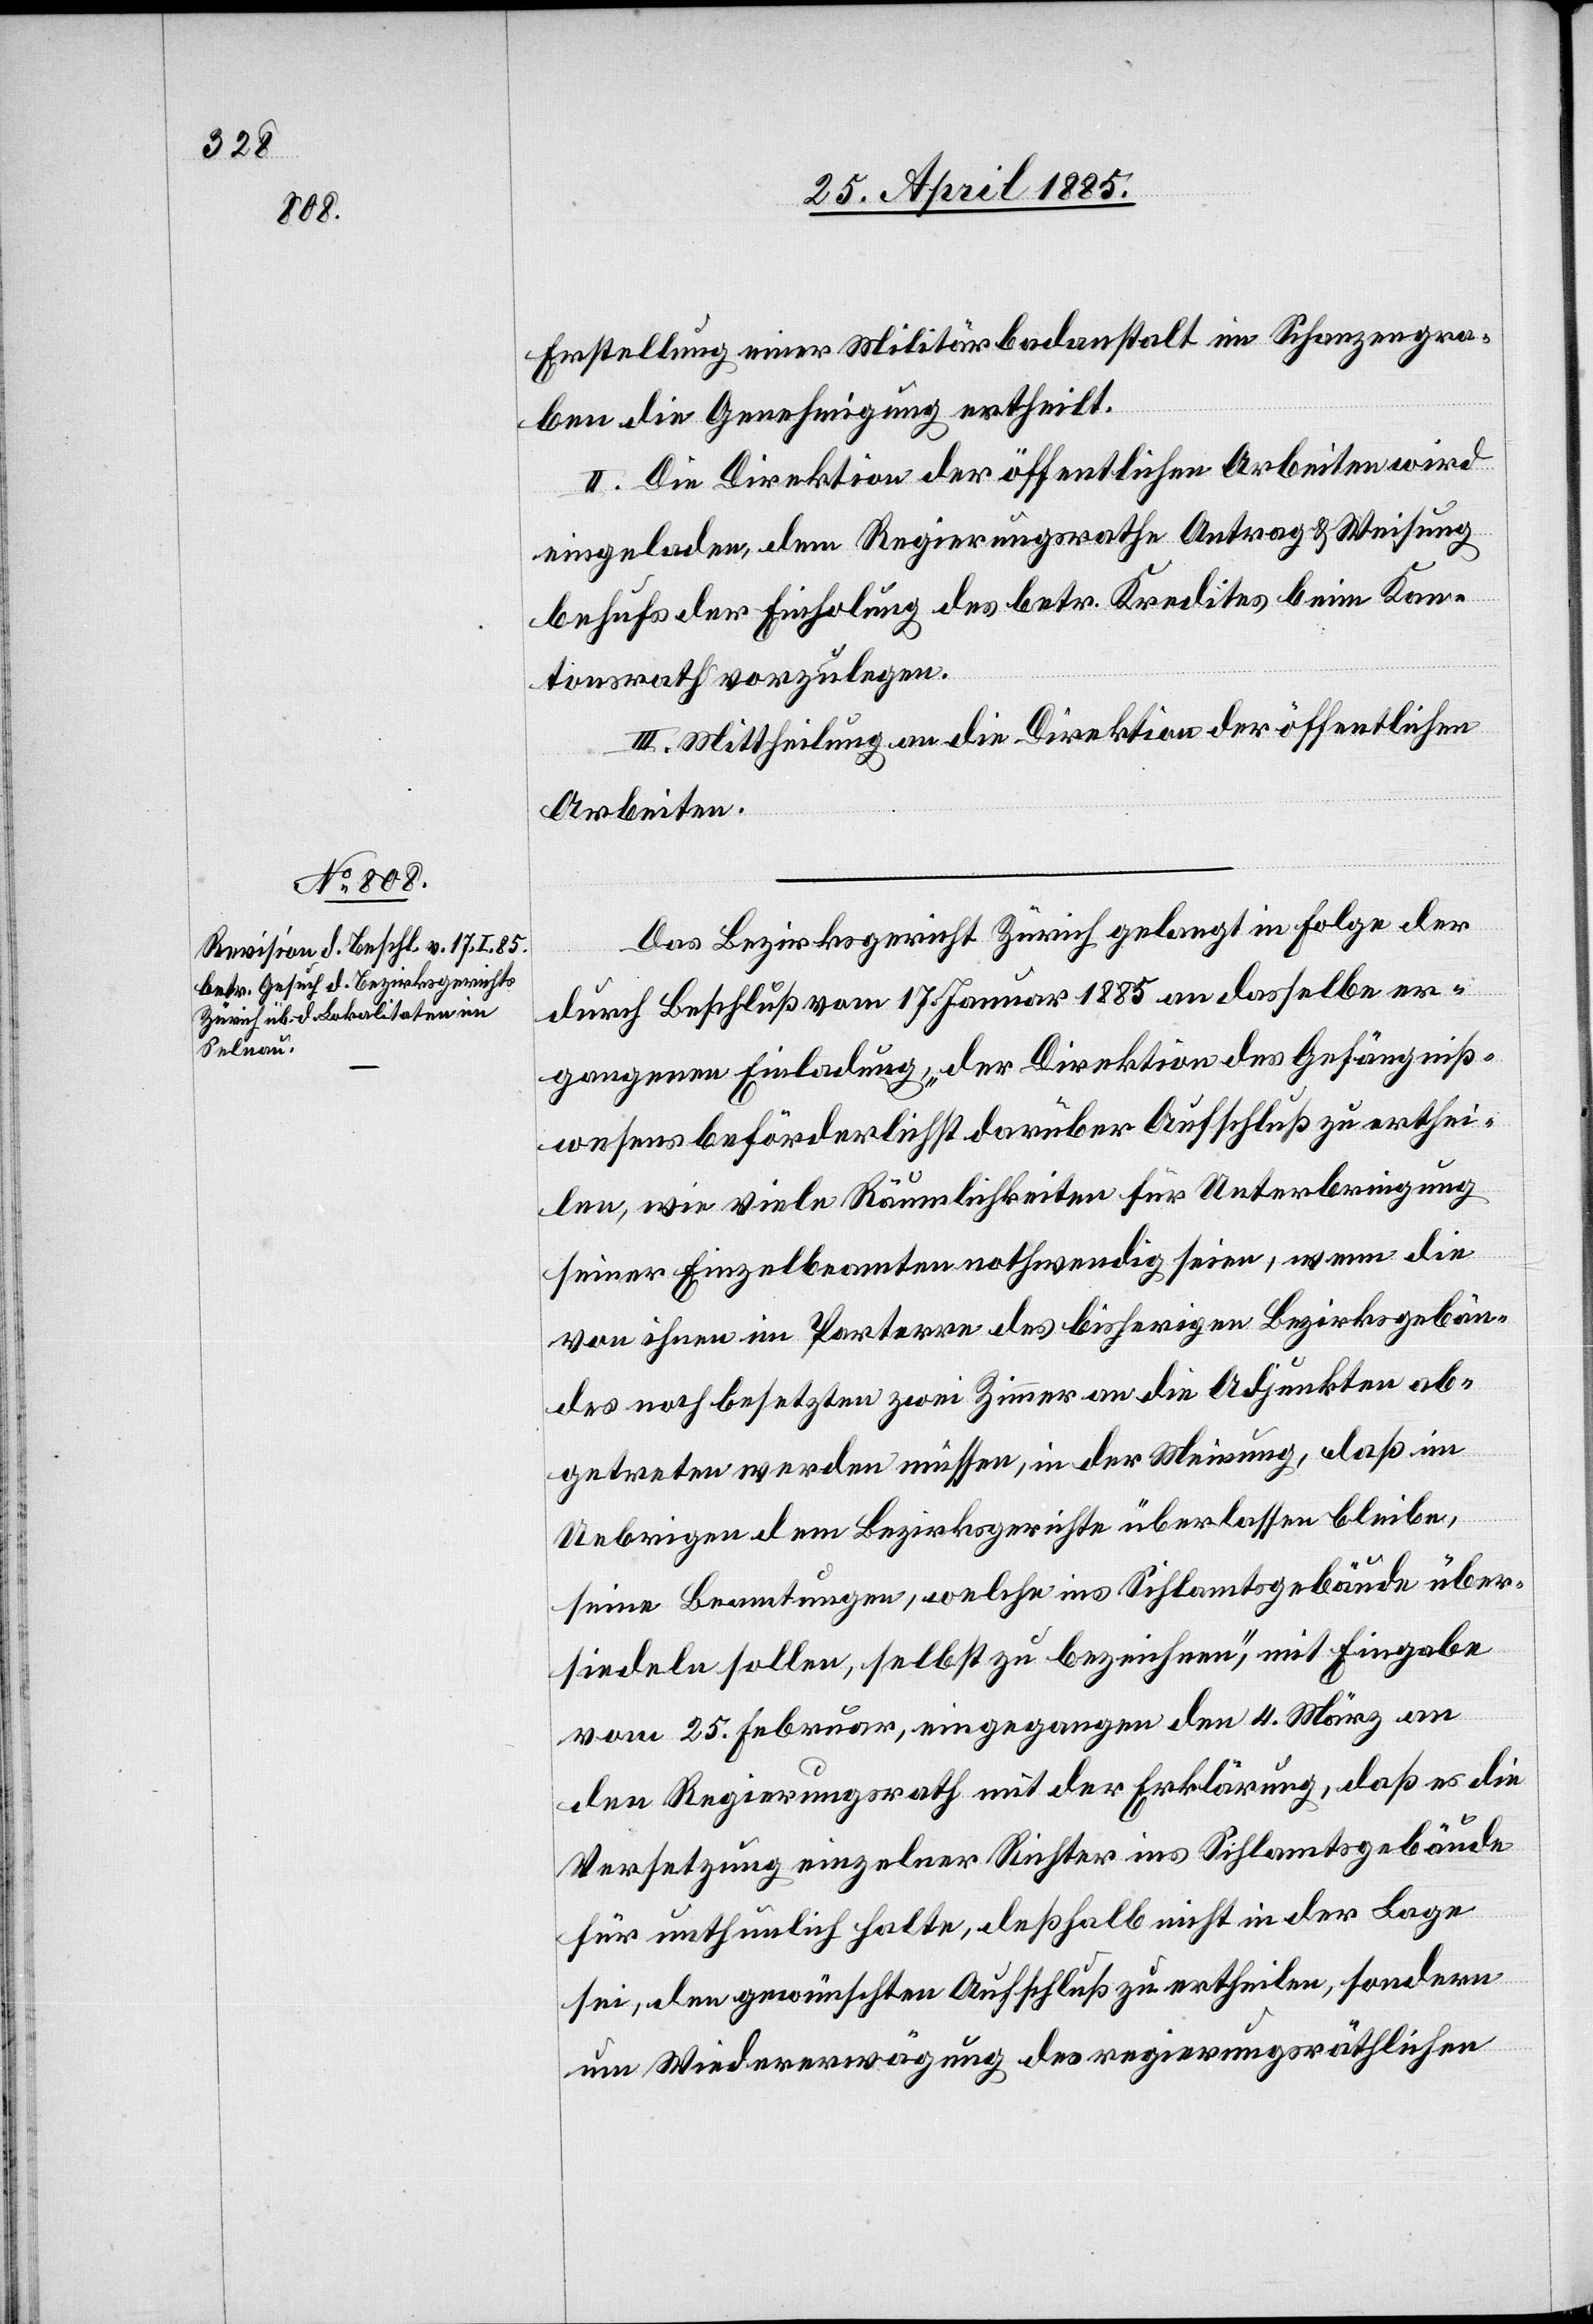
Erstellung einer Militärbadeanstalt im Schanzengra¬
ben die Genehmigung ertheilt.
II. Die Direktion der öffentlichen Arbeiten wird
eingeladen, dem Regierungsrathe Antrag & Weisung
behufs der Einholung des betr. Kredites beim Kan¬
tonsrath vorzulegen.
III. Mittheilung an die Direktion der öffentlichen
Arbeiten.
Das Bezirksgericht Zürich gelangt in Folge der
durch Beschluß vom 17. Januar 1885 an dasselbe er¬
gangenen Einladung „der Direktion des Gefängniß¬
wesens beförderlichst darüber Aufschluß zu erthei¬
len wie viele Räumlichkeiten für Unterbringung
seiner Einzelbeamten nothwendig seien, wenn die
von ihnen im Parterre des bisherigen Bezirksgebäu¬
des noch besetzten zwei Zimmer an die Adjunkten ab¬
getreten werden müssen, in der Meinung, daß im
Uebrigen dem Bezirksgerichte überlassen bleibe,
seine Beamtungen, welche ins Sihlamtsgebäude über¬
siedeln sollen, selbst zu bezeichnen“, mit Eingabe
vom 25. Februar, eingegangen den 4. März an
den Regierungsrath mit der Erklärung, daß es die
Versetzung einzelner Richter ins Sihlamtsgebäude
für unthunlich halte, deßhalb nicht in der Lage
sei den gewünschten Aufschluß zu ertheilen, sondern
um Wiedererwägung des regierungsräthlichen